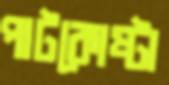
পাটকোষ্টা